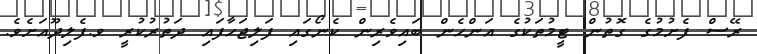
ރޭސް ފެށުމުގެ ގޮތުން ޓީމުތަކުގެ އަންހެން ބައިވެރިން ކެނޯގައި ފަލިޖަހާފައި ދަތުރުކުރީ ވ.ފެލިދޫއަށެވެ.